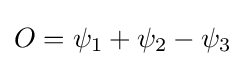
O=\psi _{1}+\psi _{2}-\psi _{3}